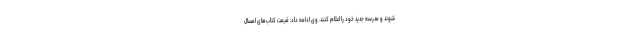
شوند و مدرسه جدید خود را اعلام کنند. وی ادامه داد: قیمت کتاب‌های امسال